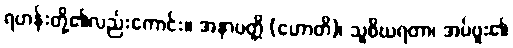
ရဟန်းတို့၏လည်းကောင်း။ အနာပတ္တိ (ဟောတိ)၊ သူစိဃရတာ၊ အပ်ဗူး၏